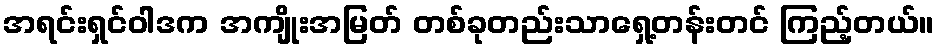
အရင်းရှင်ဝါဒက အကျိုးအမြတ် တစ်ခုတည်းသာရှေ့တန်းတင် ကြည့်တယ်။